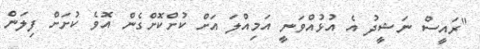
"ރައީސް ނަޝީދު އެ އުޅުއްވަނީ އަމިއްލަ އަށް ކުށްކޮށްގެން އޮވެ ކުށަށް ފިލަން